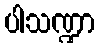
ပါသဏ္ဍာ